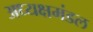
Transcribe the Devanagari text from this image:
अध्यक्षमंडल